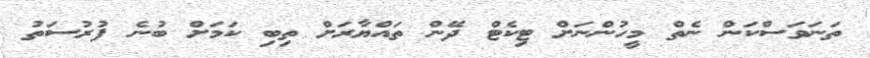
ތަނަވަސްކަން ނެތް މީހުންނަށް ޓިކެޓް ދޭން ތައްޔާރަށް ތިބި ކަމަށް ބުނެ ފުރުސަތު